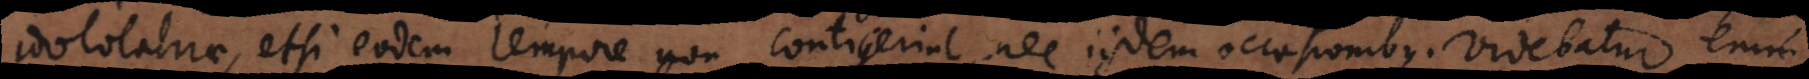
idololatriae, etsi eodem tempore non contigerint, nec iisdem occasionibus. Videbatur enim